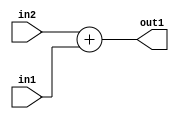
`timescale 1ps / 1ps
/*****************************************************************************
    Verilog RTL Description
    
    
    Created by: Stratus DpOpt 2019.1.01 
*******************************************************************************/

module st_weight_addr_gen_Add_32Ux16U_32U_4_1 (
	in2,
	in1,
	out1
	); /* architecture "behavioural" */ 
input [31:0] in2;
input [15:0] in1;
output [31:0] out1;
wire [31:0] asc001;

assign asc001 = 
	+(in2)
	+(in1);

assign out1 = asc001;
endmodule

/* CADENCE  ubP2Sgg= : u9/ySgnWtBlWxVPRXgAZ4Og= ** DO NOT EDIT THIS LINE ******/